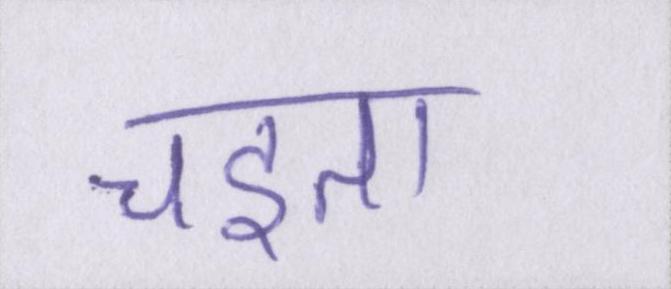
चइता